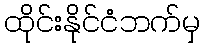
ထိုင်းနိုင်ငံဘက်မှ